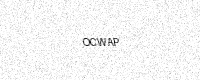
Text: OCWAP